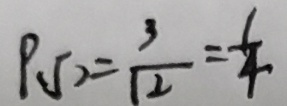
P _ { ( 5 ) } = \frac { 3 } { 1 2 } = \frac { 1 } { 4 }